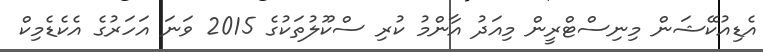
އެޑިއުކޭޝަން މިނިސްޓްރީން މިއަދު އާންމު ކުރި ސްކޫލުތަކުގެ 2015 ވަނަ އަހަރުގެ އެކެޑެމިކް